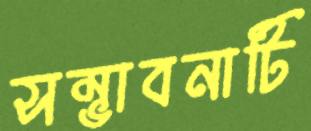
সম্ভাবনাটি